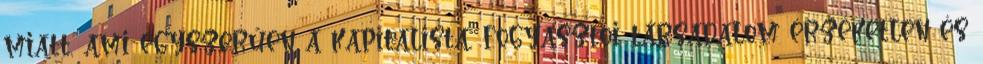
miatt, ami egyszerűen a kapitalista, fogyasztói társadalom érzéketlen és